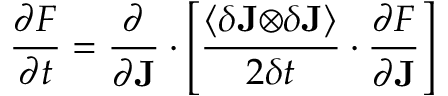
\frac { \partial F } { \partial t } = \frac { \partial } { \partial \mathbf { J } } \cdot \left[ \frac { \left\langle \delta \mathbf { J \otimes } \delta \mathbf { J } \right\rangle } { 2 \delta t } \cdot \frac { \partial F } { \partial \mathbf { J } } \right]